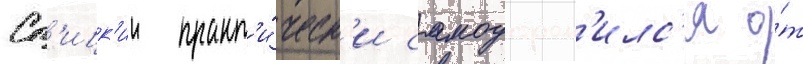
Сп'ицк'ии практ'и́ческ'и самоустран'илс'я о́т